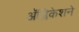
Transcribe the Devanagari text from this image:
अॅप्लिकेशने